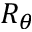
R _ { \theta }